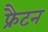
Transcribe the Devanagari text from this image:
फ्रैटन